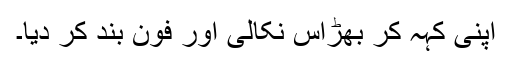
اپنی کہہ کر بھڑاس نکالی اور فون بند کر دیا۔